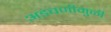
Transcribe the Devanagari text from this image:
अडचणीमुळी